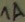
Text: 1A